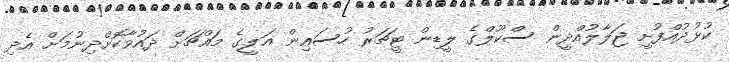
ކުޅުދުއްފުށީ ޖަލާލުއްދީން ސްކޫލްގެ ލީޑިން ޓީޗަރު ހުސައިން އަލީގެ މައްޗަށް ދައުވާކޮށްދިނުމަށް އެދި